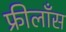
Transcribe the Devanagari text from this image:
फ्रीलाँस